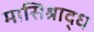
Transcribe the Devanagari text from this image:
मासिश्राद्ध